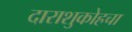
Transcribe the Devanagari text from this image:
दाराशुकोहचा